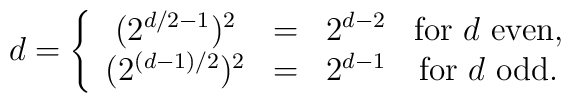
d=\left\{\begin{array}{cccc}( 2^{d/2-1})^2 & = & 2^{d-2} &\mbox{for $d$ even,}\\(2^{(d-1)/2})^2 & = & 2^{d-1} & \mbox{for $d$ odd}.\end{array}\right.